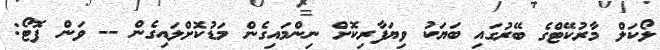
ލޯކަލް މާރުކޭޓްގެ ބޭރުގައި ބަޔަކު ވިޔަފާރިކޮށް ނިންމައިގެން މަޑުކޮށްލައިގެން -- ވަން ފޮޓޯ: